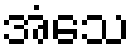
အံသေ